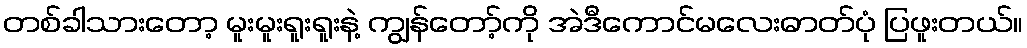
တစ်ခါသားတော့ မူးမူးရူးရူးနဲ့ ကျွန်တော့်ကို အဲဒီကောင်မလေးဓာတ်ပုံ ပြဖူးတယ်။